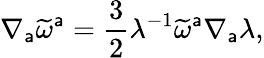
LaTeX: \nabla_{\mathsf{a}}\widetilde{{\omega}}^{\mathsf{a}}=\frac{{3}}{{2}}\lambda^{-1}\widetilde{{\omega}}^{\mathsf{a}}\nabla_{\mathsf{a}}\lambda,